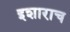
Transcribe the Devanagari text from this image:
इशाराच